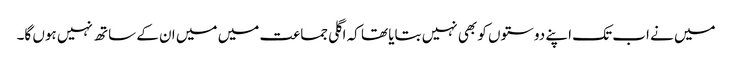
میں نے اب تک اپنے دوستوں کو بھی نہیں بتایا تھا کہ اگلی جماعت میں میں ان کے ساتھ نہیں ہوں گا۔